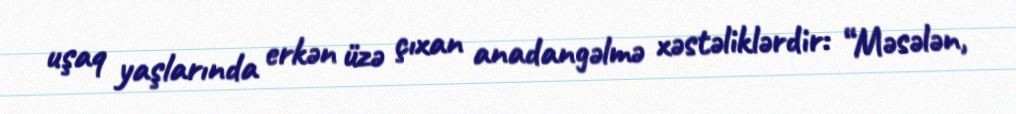
uşaq yaşlarında erkən üzə çıxan anadangəlmə xəstəliklərdir: “Məsələn,